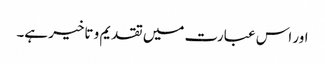
اور اس عبارت میں تقدیم و تاخیر ہے۔